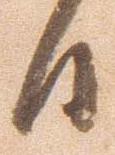
日